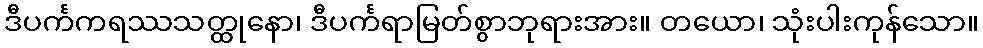
ဒီပင်္ကကရဿသတ္ထုနော၊ ဒီပင်္ကရာမြတ်စွာဘုရားအား။ တယော၊ သုံးပါးကုန်သော။